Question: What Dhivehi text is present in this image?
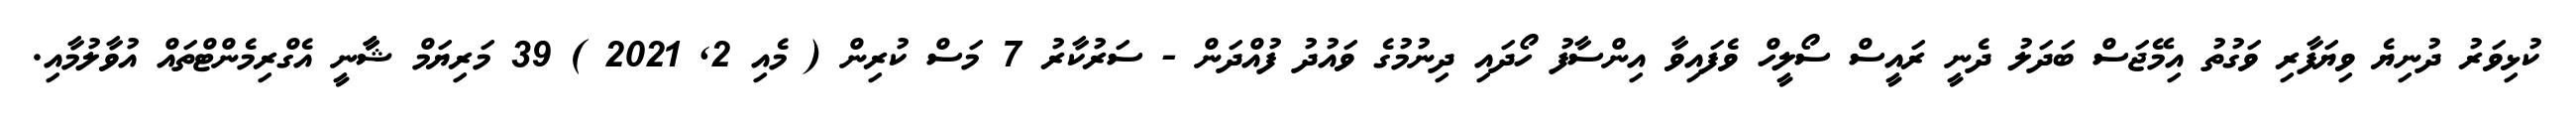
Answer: ކުޅިވަރު ދުނިޔެ ވިޔަފާރި ވަގުތު އިމޭޖަސް ބަދަލު ދެނީ ރައީސް ސޯލީހް ވެފައިވާ އިންސާފު ހޯދައި ދިނުމުގެ ވައުދު ފުއްދަން - ސަރުކާރު 7 މަސް ކުރިން ( މެއި 2, 2021 ) 39 މަރިޔަމް ޝާާނީ އެގްރިމެންޓްތައް އުވާލުމާއި.